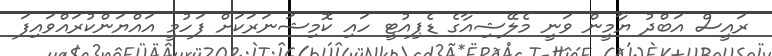
ރައީސް އަބްދު ޔާމީން ވަނީ މެލޭޝިއާގެ ޑެޕިއުޓީ ހައި ކޮމިޝަނަރަކަށް ފަހުމީ އައްޔަންކުރައްވައިފަ